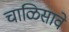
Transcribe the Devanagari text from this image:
चाळिसावे